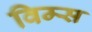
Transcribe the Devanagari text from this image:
विम्स